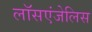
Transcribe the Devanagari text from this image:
लॉसएंजेलिस